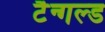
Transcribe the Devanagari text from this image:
टैन्गल्ड